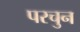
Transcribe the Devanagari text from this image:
परचुन